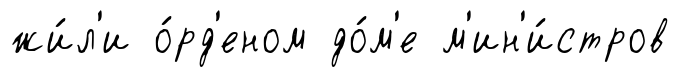
жи́л'и о́рд'еном до́м'е м'ин'и́стров